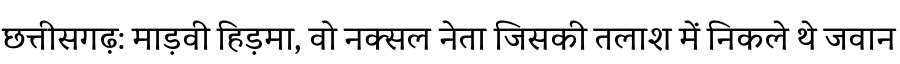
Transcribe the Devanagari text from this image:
छत्तीसगढ़: माड़वी हिड़मा, वो नक्सल नेता जिसकी तलाश में निकले थे जवान